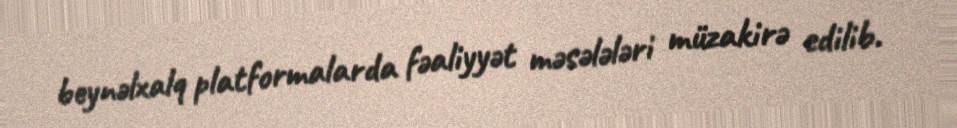
beynəlxalq platformalarda fəaliyyət məsələləri müzakirə edilib.